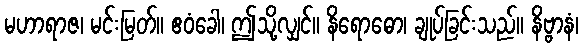
မဟာရာဇ၊ မင်းမြတ်။ ဧဝံခေါ၊ ဤသို့လျှင်။ နိရောဓော၊ ချုပ်ခြင်းသည်။ နိဗ္ဗာနံ၊